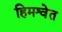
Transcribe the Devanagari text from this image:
हिमश्वेत